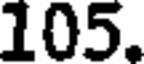
105.